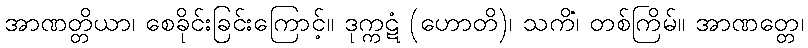
အာဏတ္တိယာ၊ စေခိုင်းခြင်းကြောင့်။ ဒုက္ကဋံ (ဟောတိ)၊ သကိံ၊ တစ်ကြိမ်။ အာဏတ္တေ၊